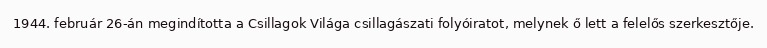
1944. február 26-án megindította a Csillagok Világa csillagászati folyóiratot, melynek ő lett a felelős szerkesztője.